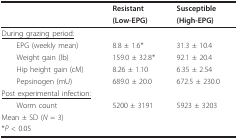
|  | Resistant | Susceptible |
 |  | (Low-EPG) | (High-EPG) |
 | --- | --- | --- |
 | <underline>During grazing period:</underline> |  |  |
 | EPG (weekly mean) | 8.8 ± 1.6* | 31.3 ± 10.4 |
 | Weight gain (lb) | 159.0 ± 32.8* | 92.1 ± 20.4 |
 | Hip height gain (cM) | 8.26 ± 1.10 | 6.35 ± 2.54 |
 | Pepsinogen (mU) | 689.0 ± 20.0 | 672.5 ± 230.0 |
 | <underline>Post experimental infection:</underline> |  |  |
 | Worm count | 5200 ± 3191 | 5923 ± 3203 |
 | Mean ± SD (N = 3) |  |  |
 | *P < 0.05 |  |  |